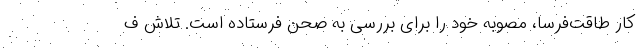
کار طاقت‌فرسا، مصوبه خود را برای بررسی به صحن فرستاده است. تلاش ف